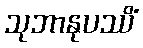
သုဘာနုပဿိံ